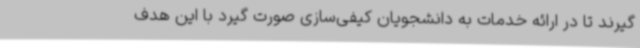
گیرند تا در ارائه خدمات به دانشجویان کیفی‌سازی صورت گیرد با این هدف